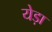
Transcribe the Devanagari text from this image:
येड़ा